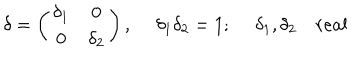
\delta = \left( \begin{array} { c c } { { \delta _ { 1 } } } & { { 0 } } \\ { { 0 } } & { { \delta _ { 2 } } } \\ \end{array} \right) , ~ ~ \delta _ { 1 } \delta _ { 2 } = 1 ; ~ ~ \delta _ { 1 } , \delta _ { 2 } ~ r e a l